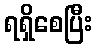
ရရှိစေပြီး